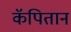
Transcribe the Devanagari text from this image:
कॅपितान